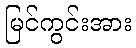
မြင်ကွင်းအား